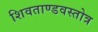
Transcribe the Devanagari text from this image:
शिवताण्डवस्तोत्र